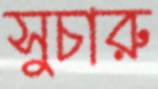
সুচারু